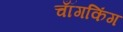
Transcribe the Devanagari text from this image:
चॉँगकिंग